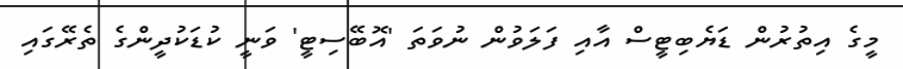
މީގެ އިތުރުން ޑަޔެބިޓީސް އާއި ފަލަވުން ނުވަތަ 'އޮބޭސިޓީ' ވަނީ ކުޑަކުދީންގެ ތެރޭގައި